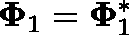
\mathbf { \Phi } _ { 1 } = \mathbf { \Phi } _ { 1 } ^ { * }